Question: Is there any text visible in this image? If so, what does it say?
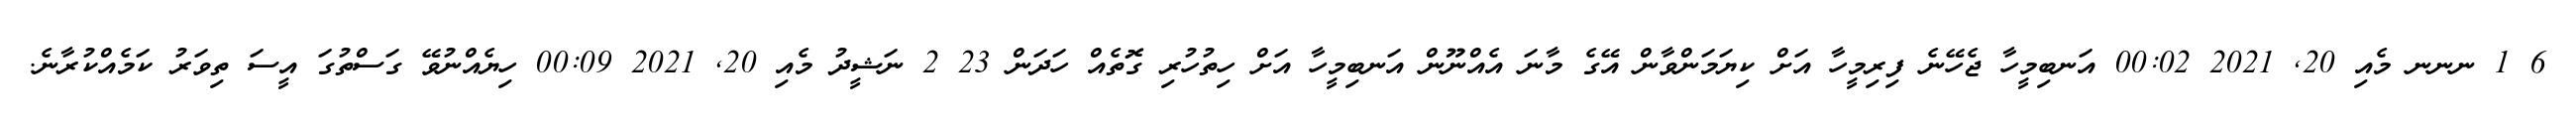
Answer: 6 1 ނނނ މެއި 20, 2021 00:02 އަނބިމީހާ ޖެހޭނެ ފިރިމީހާ އަށް ކިޔަމަންވާން އޭގެ މާނަ އެއްނޫން އަނބިމީހާ އަށް ހިތުހުރި ގޮތެއް ހަދަން 23 2 ނަޝީދު މެއި 20, 2021 00:09 ހިޔެއްނުވޭ ގަސްތުގަ އީސަ ތިވަރު ކަމެއްކުރާނެ.